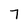
Character: 7